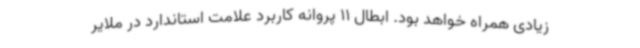
زیادی همراه خواهد بود. ابطال 11 پروانه کاربرد علامت استاندارد در ملایر